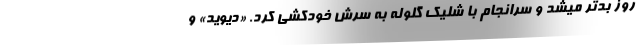
روز بدتر میشد و سرانجام با شلیک گلوله به سرش خودکشی کرد. «دیوید» و